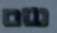
שם